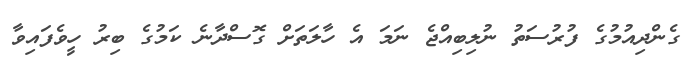
ގެންދިއުމުގެ ފުރުސަތު ނުލިިބިއްޖެ ނަމަ އެ ހާލަތަށް ގޮސްދާނެ ކަމުގެ ބިރު ހީވެފައިވާ